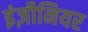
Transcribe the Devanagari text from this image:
इंज़ीनियर